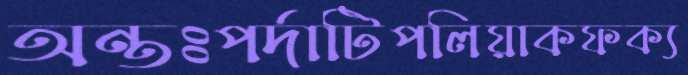
অন্তঃপর্দাটিপলিয়াকফক্য